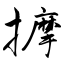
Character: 擵